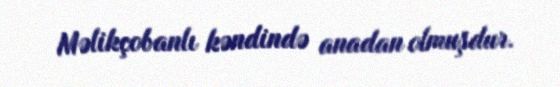
Məlikçobanlı kəndində anadan olmuşdur.